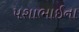
પશાભાઈના